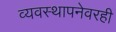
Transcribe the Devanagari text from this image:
व्यवस्थापनेवरही